Lunatic asylums Madras 1892-1911 - 1892-1911
Year: 1892
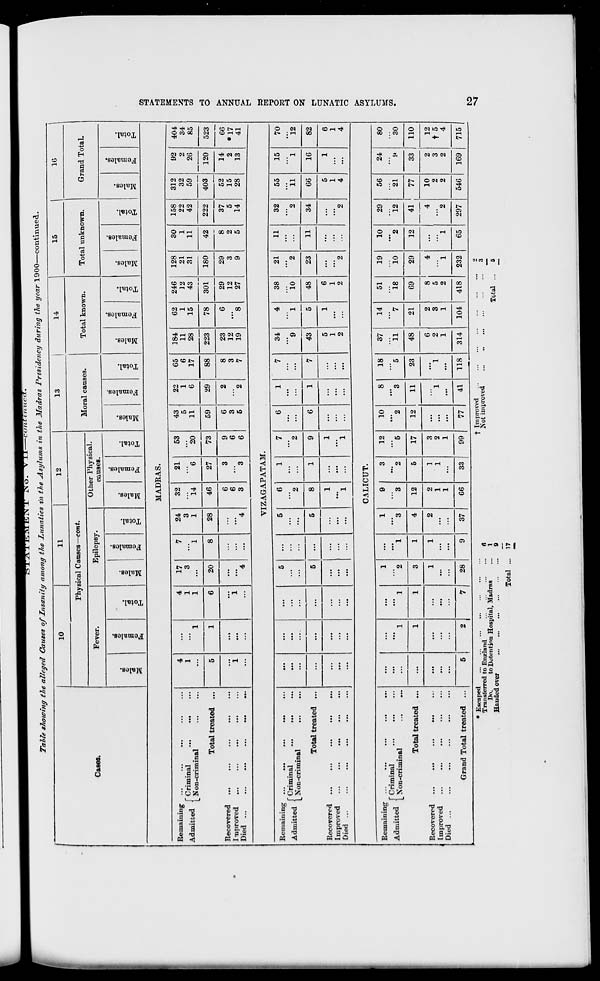
Talle showing the alleged Causes of Insanity among the Lunatics in the Asylums in
~n$a. V ix conliinicci.
the Madras Presidency during the year 1900—continued.
1
Cases.
10
11
12
13
|
14
15
\
16
Physical Causes—c ont.
Moral causes.
Total known.
Total unknown.
Gi and Total.
Fever.
Epilepsy
Other Physical.
oauseB.
m
5
15
00
"3
S
o
fa
13
"o
EH
m
O
13
3
m
0
1
fa
0
m
0
13
3
00
a
fa
"3
0
m
13
"3
a
fa
-3
0
EH
H
13
CO
O
13
a
»
fa
13
0
13
w
0
13
a
0
fa
Is
0
m
0
13
05
01
a
fa
3
0
MADRAS.
Remaining ...
Admitted (Criminal _
l_Non-criminal
Total treated ...
Recovered ...
Improved
uieo. ...
...
•••
...
...
...
4
1
1
4
1
1
17
3
7
"l
24
3
1
32
14
21
6
53
20
43
5
11
22
1
6
65
6
17
184
11
28
62
1
15
246
12
43
128
21
31
30
1
11
158
22
42
312
32
59
92
2
26
404
34
85
5
1
6
20
8
28
46
27
73
59
29
88
223
78
301
180
42
8
2
5
222
403
120
523
i ...
i
"4
...
" 4
6
6
3
3
3
9
6
6
6
3
5
2
"2
8
3
7
23
12
19
6
"*8
29
12
27
29
3
9
37
5
14
52
15
28
14
2
13
66
*17
41
VIZAGAPATAM.
Remaining
Admitted (Criminal
L^on-crimmal
Total treated ...
Recovered ...
...
...
...
...
Improved
Died ...
...
...
...
5
...
5
6
2
1
7
2
6
1
7
34
"*9
4
" 1
38
10
21
2
11
32
2
34
55
11
15
1
70
12
...
5
5
8
1
9
6
1
7
43
5
48
23
11
66
5
1
4
16
82
...
...
...
...
...
...
1
"l
...
1
"l
...
...
...
5
1
2
1
6
1
2
2
...
2
1
6
1
4
CALICUT.
Remaining ...
«j • i. * f Criminal
Admitted [ Son . criaiinal
Total treated ...
Recovered ...
...
...
...
, Improved
U - ' i
.*•
•••
•••
•••
•••
*••
Grand Total treated ...
i
...
' 1
' 1
1
2
"l
1
3
9
3
3
2
12
"5
10
"2
8
"3
18
*5
37
11
14
"V
51
18
19
10
10
"*2
29
12
56
21
24
I*
80
30
1
1
3
1
4
12
5
17
12
11
23
48
21
69
29
12
41
4
"2
77
33
110
...
...
...
1
1
2
2
1
1
1
1
3
2
1
...
1
"l
6
2
1
2
3
1
8
5
2
4
1
"l
10
2
2
2
3
2
12
t 5
4
5
2
7
28
9
37
G6
33
99
77
41
118
314
104
418
232
65
297
546
169 j 715 |
Escaped
Transferred to England
Do.
to Detention Hospital, Madras
Handed over
1
9
j Improved
Not improved
05
>
&
•-3
CO
O
a
o
o
>
1—t
CJ
f>
CO
Hi
*H
<^
CO
to
Total
Total
17